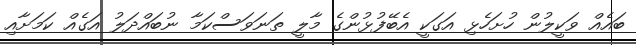
ބައެއް ވަކީލުން ހުށަހެޅި އަގަކީ އެބޭފުޅުންގެ މާލީ ތަނަވަސްކަމާ ނުބައްދަލު އަގެއް ކަމަށާއި